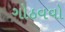
ગોઠવવો